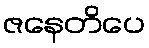
ဇနေတိပေ